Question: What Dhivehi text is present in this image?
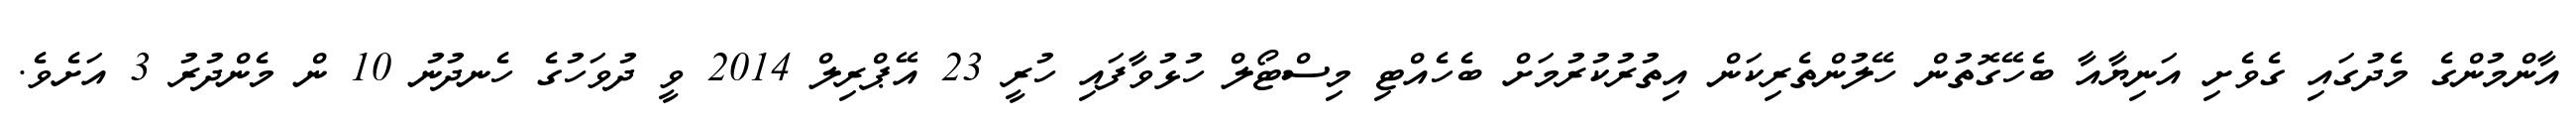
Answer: އާންމުންގެ މެދުގައި ގެވެށި އަނިޔާއާ ބެހޭގޮތުން ހޭލުންތެރިކަން އިތުރުކުރުމަށް ބެހެއްޓި މިސްޓޯލް ހުޅުވާފައި ހުރީ 23 އޭޕްރިލް 2014 ވީ ދުވަހުގެ ހެނދުނު 10 ން މެންދުރު 3 އަށެވެ.